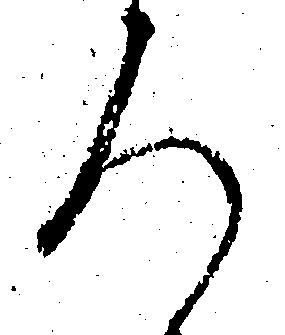
ろ